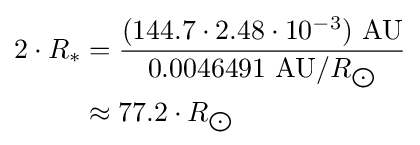
{\begin{aligned}2\cdot R_{*}&={\frac {(144.7\cdot 2.48\cdot 10^{-3})\ {\text{AU}}}{0.0046491\ {\text{AU}}/R_{\bigodot }}}\\&\approx 77.2\cdot R_{\bigodot }\end{aligned}}